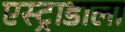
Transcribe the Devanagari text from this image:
एस्ट्राडाला